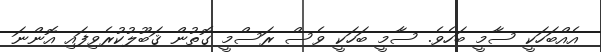
އެއްބަހަކީ ސާމީ ބަހެވެ. ސާމީ ބަހަކީ ވެސް ރަސްމީ ގޮތުން ޤަބޫލުކުރެވިފައި އޮންނަ